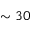
\sim 3 0